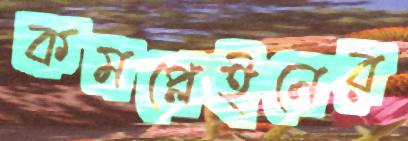
কমপ্লেইনের